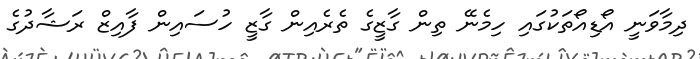
ދިމާވަނީ އޯޑިއޯތަކުގައި ހިމެނޭ ތިން ގާޒީގެ ތެރެއިން ގާޒީ ހުސައިން ފާއިޒް ރަޝާދުގެ